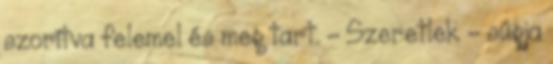
szorítva felemel és meg tart. - Szeretlek - súgja